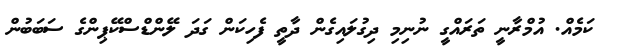
ކަމެއް. އުމްރާނީ ތަރައްގީ ނުނިމި ދިގުލައިގެން ދާތީ ފެހިކަން ގަދަ ލޭންޑްސްކޭޕިންގެ ސަބަބުން